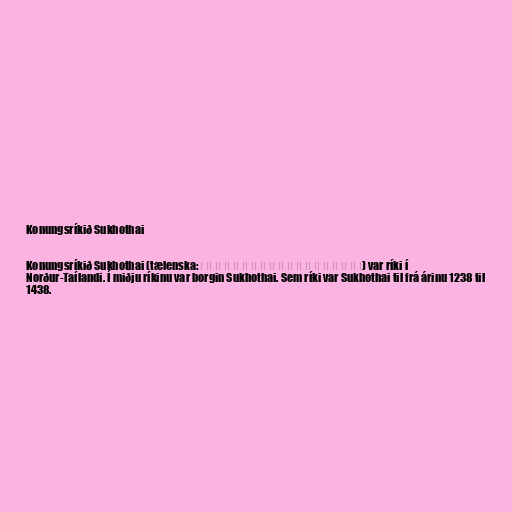
Konungsríkið Sukhothai

Konungsríkið Sukhothai (tælenska: ราชอาณาจักรสุโขทัย) var ríki í
Norður-Taílandi. Í miðju ríkinu var borgin Sukhothai. Sem ríki var Sukhothai til frá árinu 1238 til
1438.